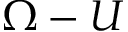
\Omega - U